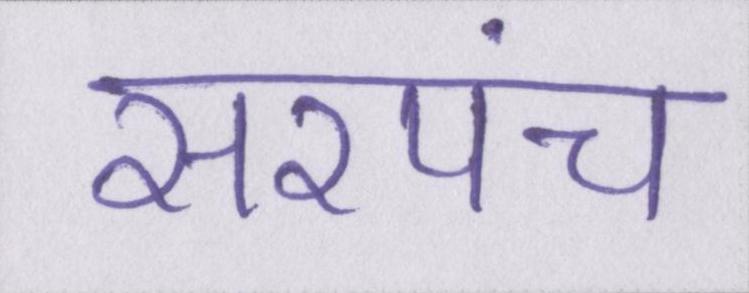
सरपंच